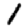
Digit: 1